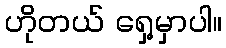
ဟိုတယ် ရှေ့မှာပါ။